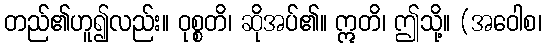
တည်၏ဟူ၍လည်း။ ဝုစ္စတိ၊ ဆိုအပ်၏။ ဣတိ၊ ဤသို့။ (အဝေါစ၊